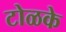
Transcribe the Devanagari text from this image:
टोळके